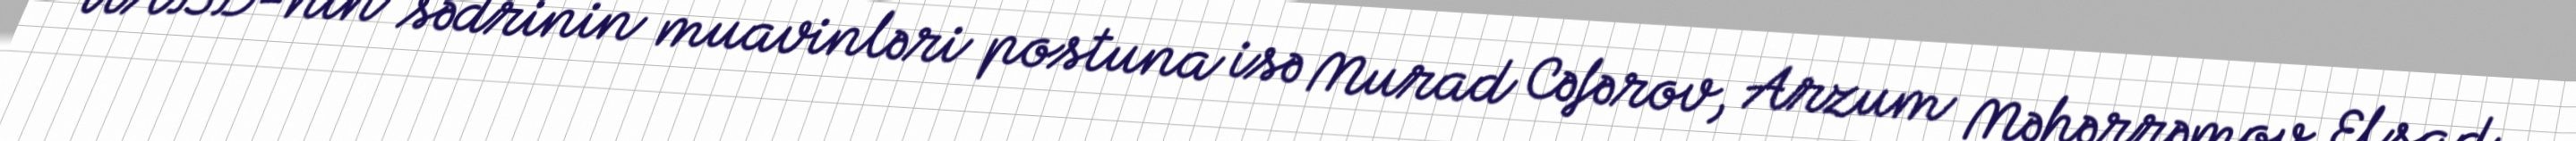
UABD-nin sədrinin muavinləri postuna isə Murad Cəfərov, Arzum Məhərrəmov, Elşad